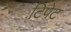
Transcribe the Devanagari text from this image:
टिपेट